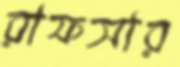
রাফসার